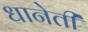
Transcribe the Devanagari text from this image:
धानेती